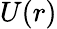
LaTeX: U(r)